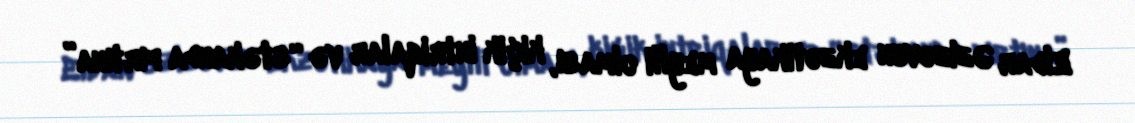
Eldar Əzizovun ekzotikaya meylli olması, kiçik intriqalar və “stəkanda fırtına”